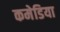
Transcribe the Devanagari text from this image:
कमेडिया